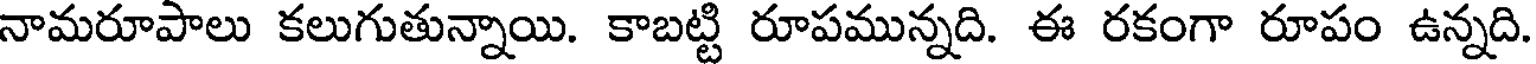
నామరూపాలు కలుగుతున్నాయి. కాబట్టి రూపమున్నది. ఈ రకంగా రూపం ఉన్నది